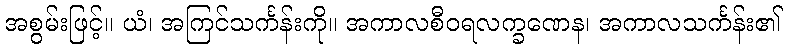
အစွမ်းဖြင့်။ ယံ၊ အကြင်သင်္ကန်းကို။ အကာလစီဝရလက္ခဏေန၊ အကာလသင်္ကန်း၏